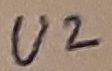
Text: U2